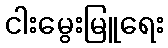
ငါးမွေးမြူရေး